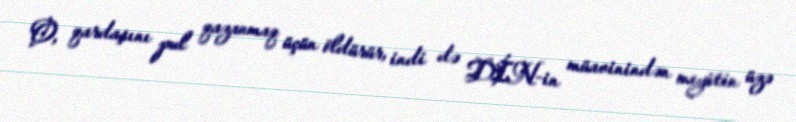
O, qardaşını pul qazanmaq üçün öldürür, indi də DİN-in müavinindən meyitin üzə